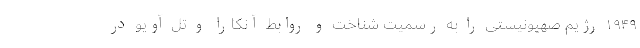
۱۹۴۹ رژیم صهیونیستی را به رسمیت شناخت و روابط آنکارا و تل آویو در